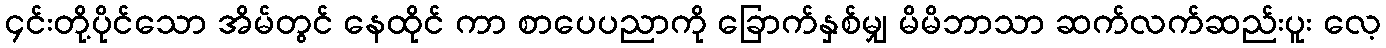
၄င်းတို့ပိုင်သော အိမ်တွင် နေထိုင် ကာ စာပေပညာကို ခြောက်နှစ်မျှ မိမိဘာသာ ဆက်လက်ဆည်းပူး လေ့